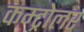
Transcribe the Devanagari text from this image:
कम्ट्रोलर